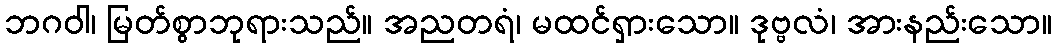
ဘဂဝါ၊ မြတ်စွာဘုရားသည်။ အညတရံ၊ မထင်ရှားသော။ ဒုဗ္ဗလံ၊ အားနည်းသော။